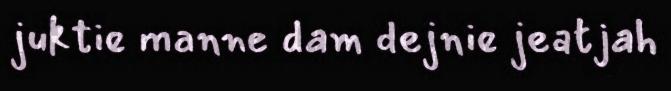
juktie manne dam dejnie jeatjah